Report on horse surra - Volume I
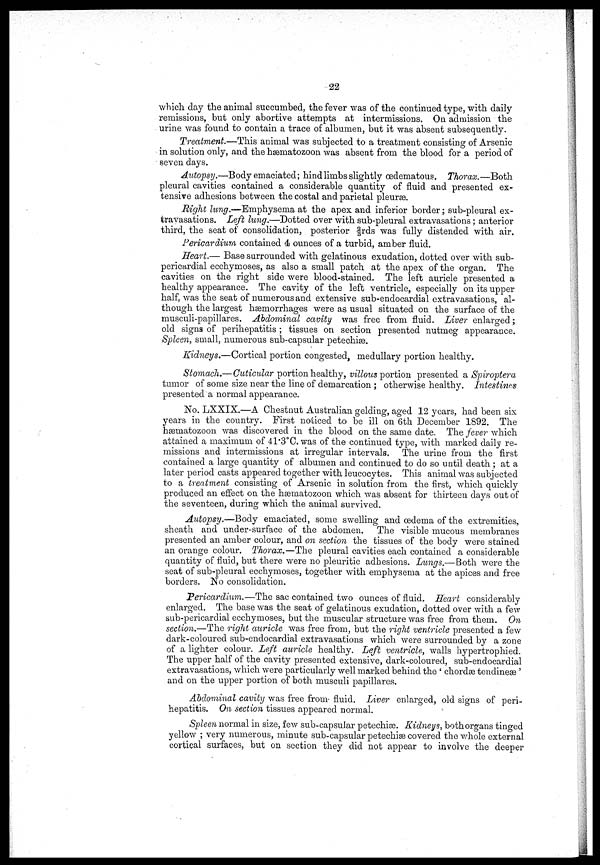
22
which clay the animal succumbed, the fever was of the continued type, with daily
remissions, but only abortive attempts at intermissions. On admission the
urine was found to contain a trace of albumen, but it was absent subsequently.
Treatment.—This animal was subjected to a treatment consisting of Arsenic
in solution only, and the hæmatozoon was absent from the blood for a period of
seven days.
Autopsy.—Body emaciated ; hind limbs slightly œdematous. Thorax. —Both
pleural cavities contained a considerable quantity of fluid and presented ex
tensive adhesions between the costal and parietal pleurae.
Right lung.—Emphysema at the apex and inferior border ; sub-pleural ex-
travasations. Left lung.—Dotted over with sub-pleural extravasations ; anterior
third, the seat of consolidation, posterior ⅔rds was fully distended with air.
Pericardium contained 4 ounces of a turbid, amber fluid.
Heart.— Base surrounded with gelatinous exudation, dotted over with sub-
pericardial ecchymoses, as also a small patch at the apex of the organ. The
cavities on the right side were blood-stained. The left auricle presented a
healthy appearance. The cavity of the left ventricle, especially on its upper
half, was the seat of numerous and extensive sub-endocardial extravasations, al
though the largest haemorrhages were as usual situated on the surface of the
musculi-papillares. Abdominal cavity was free from fluid. Liver enlarged ;
old signs of perihepatitis; tissues on section presented nutmeg appearance.
Spleen, small, numerous sub-capsular petechiæ.
Kidneys.—Cortical portion congested, medullary portion healthy.
Stomach.— Cuticular portion healthy, villous-portion presented a Spiroptera
tumor of some size near the line of demarcation ; otherwise healthy. Intestines
presented a normal appearance.
No. LXXIX.—A Chestnut Australian gelding, aged 12 years, had been six
years in the country. First noticed to be ill on 6th December 1892. The
hæmatozoon was discovered in the blood on the same date. The fever which
attained a maximum of 41.3°C. was of the continued type, with marked daily re-
missions and intermissions at irregular intervals. The urine from the first
contained a large quantity of albumen and continued to do so until death ; at a
later period casts appeared together with leucocytes. This animal was subjected
to a treatment consisting of Arsenic in solution from the "first, which quickly
produced an effect on the hæmatozoon which was absent for thirteen clays out of
the seventeen, during which the animal survived.
Autopsy.—Body emaciated, some swelling and oedema of the extremities,
sheath and under-surface of the abdomen. The visible mucous membranes
presented an amber colour, and on section the tissues of the body were stained
an orange colour. Thorax.—The pleural cavities each contained a considerable
quantity of fluid, but there were no pleuritic adhesions. Lungs.— Both were the
seat of sub-pleural ecchymoses, together with emphysema at the apices and free
borders. No consolidation.
Pericardium.—The sac contained two ounces of fluid. Heart considerably
enlarged. The base was the seat of gelatinous exudation, dotted over with a few
sub-pericardial ecchymoses, but the muscular structure was free from them. On
section.—The right auricle was free from, but the right ventricle presented a few
dark-coloured sub-endocardial extravasations which were surrounded by a zone
of a lighter colour. Left auricle healthy. Left ventricle, walls hypertrophied.
The upper half of the cavity presented extensive, dark-coloured, sub-endocardial
extravasations, which were particularly well marked behind the ' chordae tendineæ '
and on the upper portion of both musculi papillares.
Abdominal cavity was free from- fluid. Liver enlarged, old signs of peri
hepatitis. On section tissues appeared normal.
Spleen normal in size, few sub-capsular petechiæ. Kidneys, both organs tinged
yellow ; very numerous, minute sub-capsular petechiæ covered the whole external
cortical surfaces, but on section they did not appear to involve the deeper